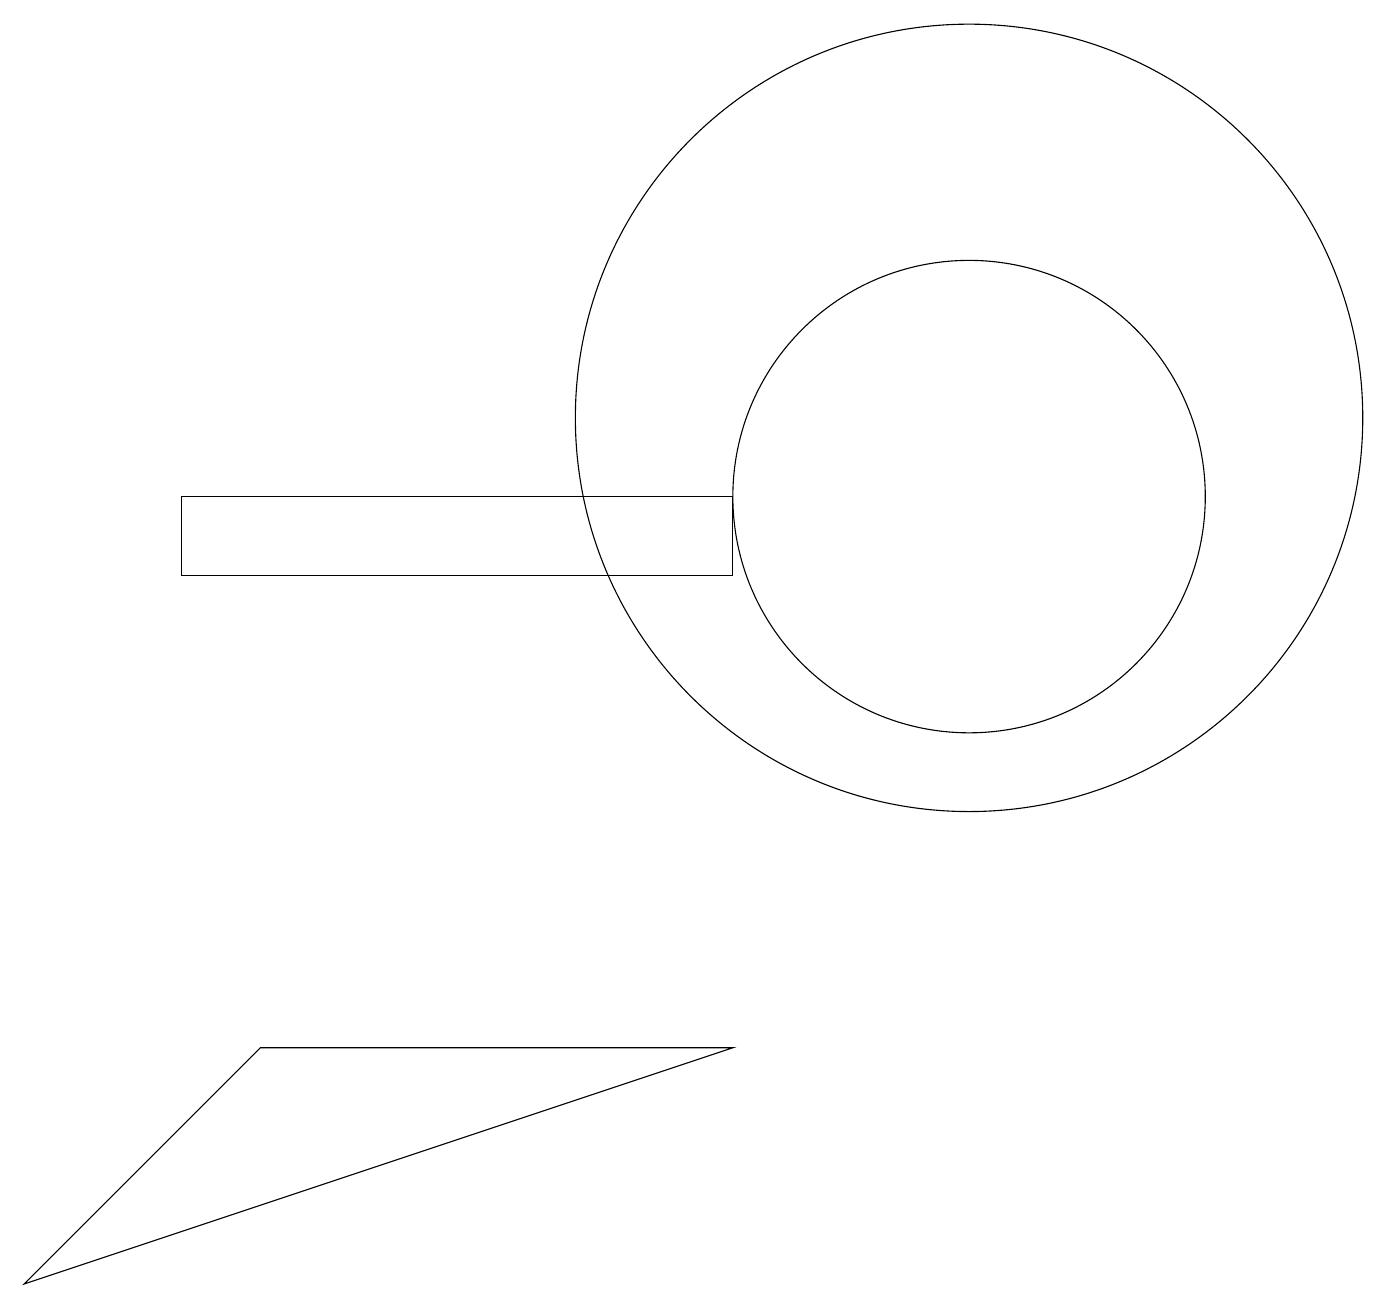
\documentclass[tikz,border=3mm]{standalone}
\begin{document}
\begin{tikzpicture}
\draw (9,4) -- (3,4) -- (0,1) -- cycle;
\draw (12,11) circle (3);
\draw (2,10) rectangle (9,11);
\draw (12,12) circle (5);
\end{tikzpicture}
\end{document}